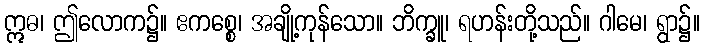
ဣဓ၊ ဤလောက၌။ ဧကစ္စေ၊ အချို့ကုန်သော။ ဘိက္ခူ၊ ရဟန်းတို့သည်။ ဂါမေ၊ ရွာ၌။